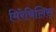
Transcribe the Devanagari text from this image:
मिरेबिलिस